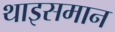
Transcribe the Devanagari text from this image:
थाइसमान